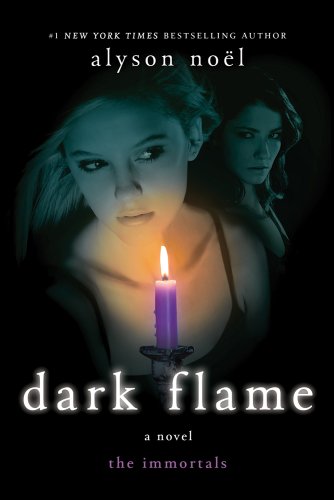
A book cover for Dark Flame (The Immortals); Alyson NoÃ«l; Teen & Young Adult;